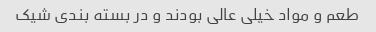
طعم و مواد خیلی عالی بودند و در بسته بندی شیک